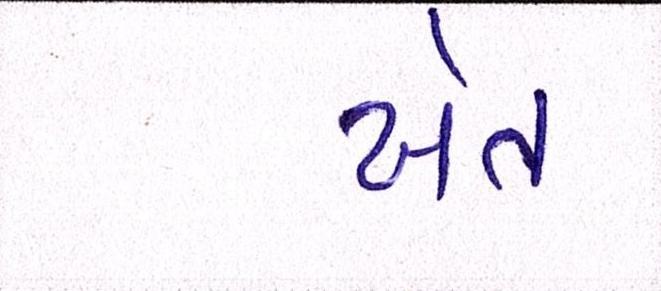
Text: ખેત